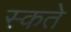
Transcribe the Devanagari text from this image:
स्कते